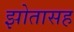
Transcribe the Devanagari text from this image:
झोतासह